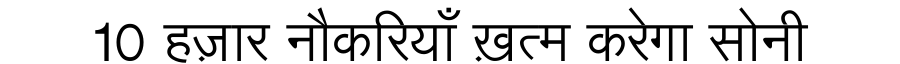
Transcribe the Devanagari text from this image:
10 हज़ार नौकरियाँ ख़त्म करेगा सोनी